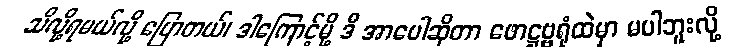
သိလို့ရမယ်လို့ ပြောတယ်၊ ဒါကြောင့်မို့ ဒီ အာပေါဆိုတာ ဖောဋ္ဌဗ္ဗရုံထဲမှာ မပါဘူးလို့